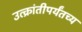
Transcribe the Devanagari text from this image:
उत्क्रांतीपर्यंतच्य